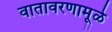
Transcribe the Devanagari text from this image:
वातावरणामूळे